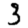
Digit: 3